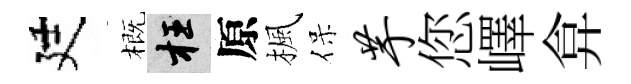
廷概枉原楓保芋您嶧弇